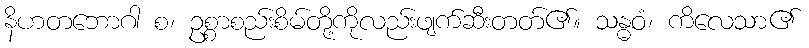
နိဟတဘောဂါ စ၊ ဥစ္စာစည်းစိမ်တို့ကိုလည်းဖျက်ဆီးတတ်၏။ သန္ဓဝံ၊ ကိလေသာ၏